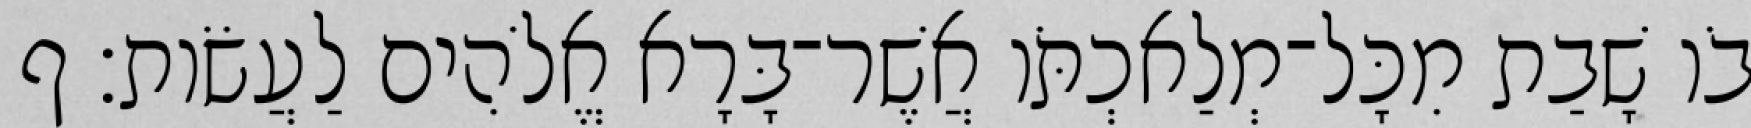
בֹו שָׁבַת מִכָּל־מְלַאכְתֹּו אֲשֶׁר־בָּרָא אֱלֹהִים לַעֲשֹׂות׃ ף